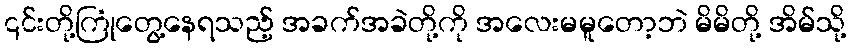
၎င်းတို့ကြုံတွေ့နေရသည့် အခက်အခဲတို့ကို အလေးမမူတော့ဘဲ မိမိတို့ အိမ်သို့